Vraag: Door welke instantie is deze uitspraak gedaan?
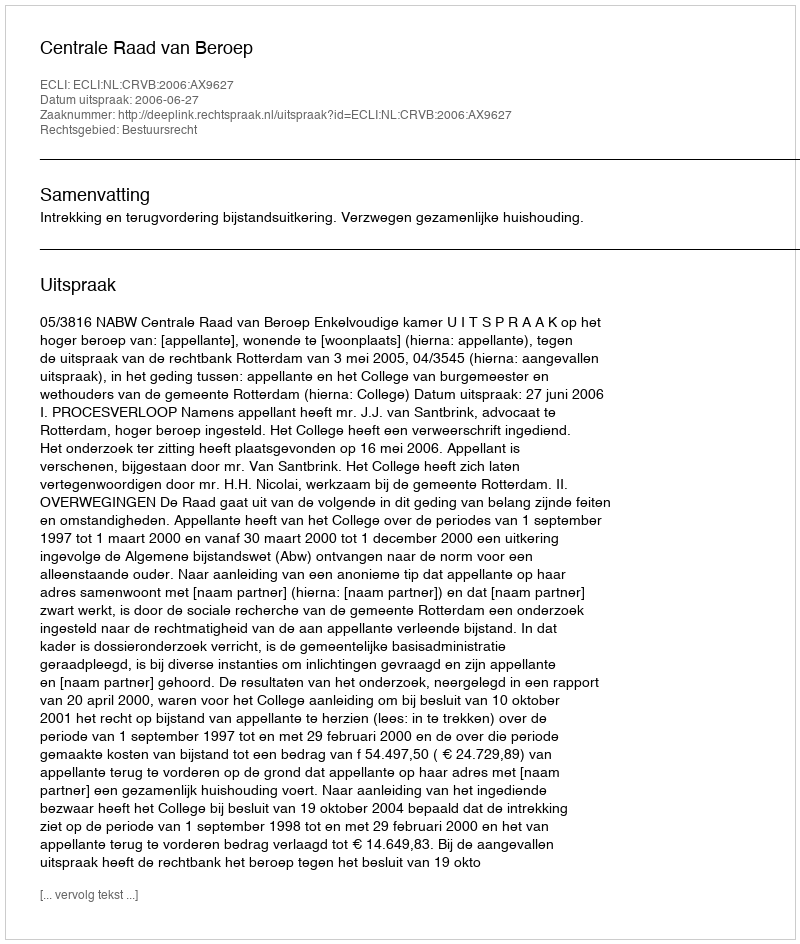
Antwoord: Centrale Raad van Beroep